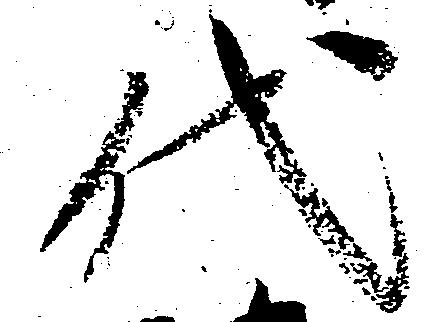
代